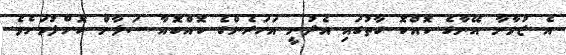
އެ ޒުވާނާ އޭނާގެ ކޮއްކޮ ގާތުގައި އެދުނީ އަހަރެންގެ ކޮއްކޮއާ ސަލާން ކޮށްލުމަށެވެ.